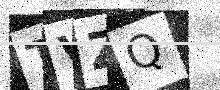
Text: TVZQ